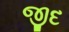
જીદ